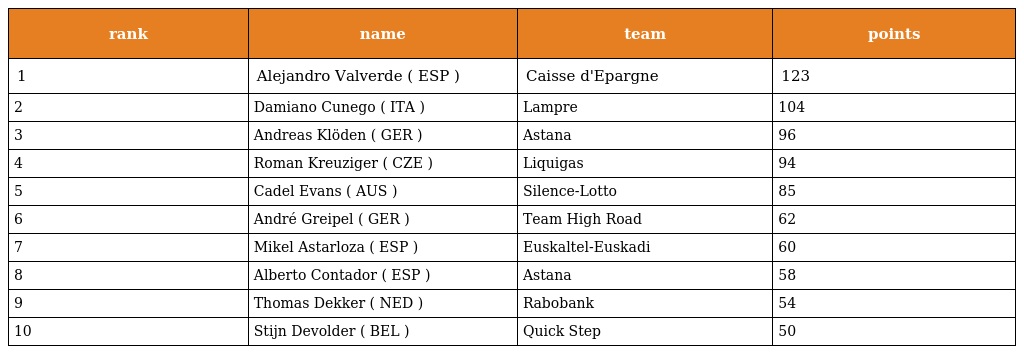
| rank | name | team | points |
 | --- | --- | --- | --- |
 | 1 | Alejandro Valverde ( ESP ) | Caisse d'Epargne | 123 |
 | 2 | Damiano Cunego ( ITA ) | Lampre | 104 |
 | 3 | Andreas Klöden ( GER ) | Astana | 96 |
 | 4 | Roman Kreuziger ( CZE ) | Liquigas | 94 |
 | 5 | Cadel Evans ( AUS ) | Silence-Lotto | 85 |
 | 6 | André Greipel ( GER ) | Team High Road | 62 |
 | 7 | Mikel Astarloza ( ESP ) | Euskaltel-Euskadi | 60 |
 | 8 | Alberto Contador ( ESP ) | Astana | 58 |
 | 9 | Thomas Dekker ( NED ) | Rabobank | 54 |
 | 10 | Stijn Devolder ( BEL ) | Quick Step | 50 |